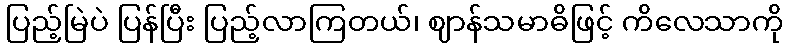
ပြည့်မြဲပဲ ပြန်ပြီး ပြည့်လာကြတယ်၊ ဈာန်သမာဓိဖြင့် ကိလေသာကို